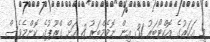
މި އަހަރުގެ އޮކްޓޯބަރު 31 އިން ނޮވެމްބަރު 8 އަށް ގްރޫޕުގެ ކޮންމެވެސް